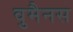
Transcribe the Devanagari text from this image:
वुमैनस